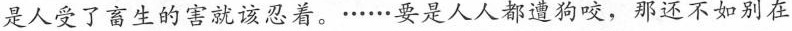
是人受了畜生的害就该忍着。·.··.·要是人人都遭狗咬，那还不如别在